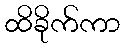
ထိခိုက်ကာ